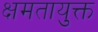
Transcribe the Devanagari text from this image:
क्षमतायुक्त